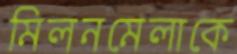
মিলনমেলাকে